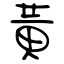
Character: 黃